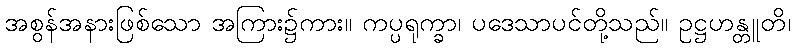
အစွန်အနားဖြစ်သော အကြား၌ကား။ ကပ္ပရုက္ခာ၊ ပဒေသာပင်တို့သည်။ ဥဋ္ဌဟန္တူတိ၊